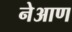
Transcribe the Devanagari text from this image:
नेआण